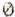
0